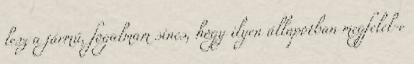
lesz a jármű, fogalmam sincs, hogy ilyen állapotban megfelel-e